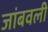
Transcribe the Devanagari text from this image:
जांबवली